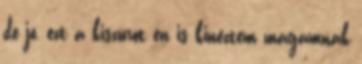
de jó, ezt a kiszúrót én is kinéztem magamnak